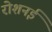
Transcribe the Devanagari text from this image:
रोशनई